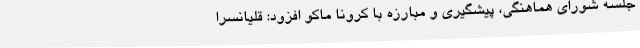
جلسه شورای هماهنگی، پیشگیری و مبارزه با کرونا ماکو افزود: قلیانسرا